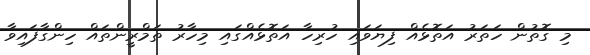
މި ގޮތުން ހަތަރު އަތޮޅެއް ފިޔަވައި ހުރިހާ އަތޮޅެއްގައި މިހާރު ތަމްރީންތައް ހިންގާފައިވާ